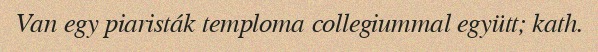
Van egy piaristák temploma collegiummal együtt; kath.